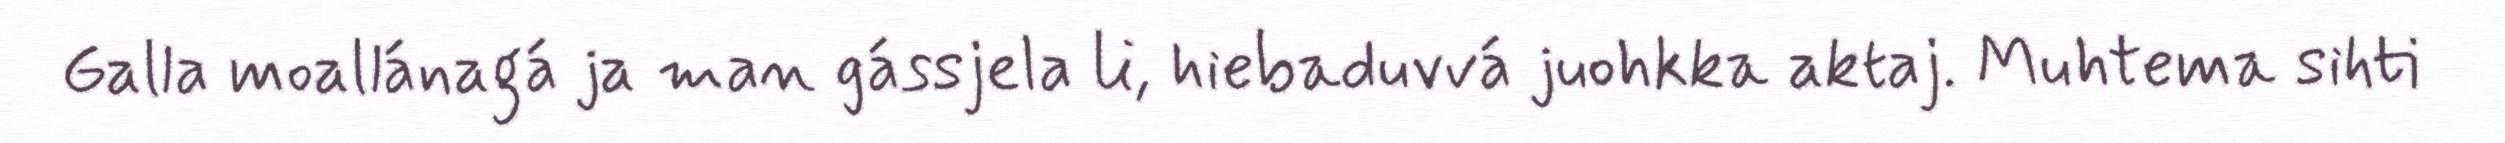
Galla moallánagá ja man gássjela li, hiebaduvvá juohkka aktaj. Muhtema sihti